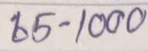
65 - 1000